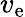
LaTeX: v_{\mathrm{e}}